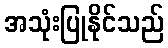
အသုံးပြုနိုင်သည်